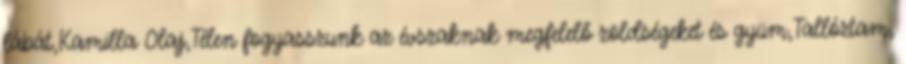
lábát,Kamilla Olaj,Télen fogyasszunk az évszaknak megfelelő zöldségeket és gyüm,Tallóztam,